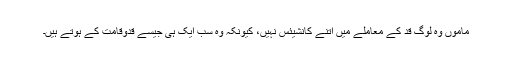
ماموں وہ لوگ قد کے معاملے میں اتنے کانشیئس نہیں، کیونکہ وہ سب ایک ہی جیسے قدوقامت کے ہوتے ہیں۔